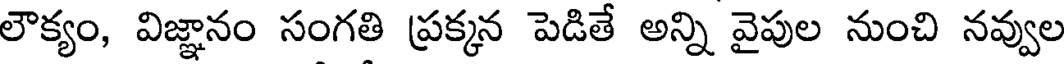
లౌక్యం, విజ్ఞానం సంగతి ప్రక్కన పెడితే అన్ని వైపుల నుంచి నవ్వుల